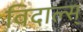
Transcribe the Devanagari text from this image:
विदाल्स्